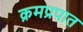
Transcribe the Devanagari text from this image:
क्रमप्रपात